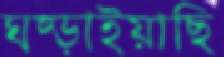
ঘষ্‌ড়াইয়াছি